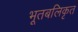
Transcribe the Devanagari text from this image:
भूतबलिकृत